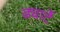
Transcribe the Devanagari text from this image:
ड्यार्टे